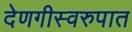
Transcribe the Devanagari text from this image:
देणगीस्वरुपात